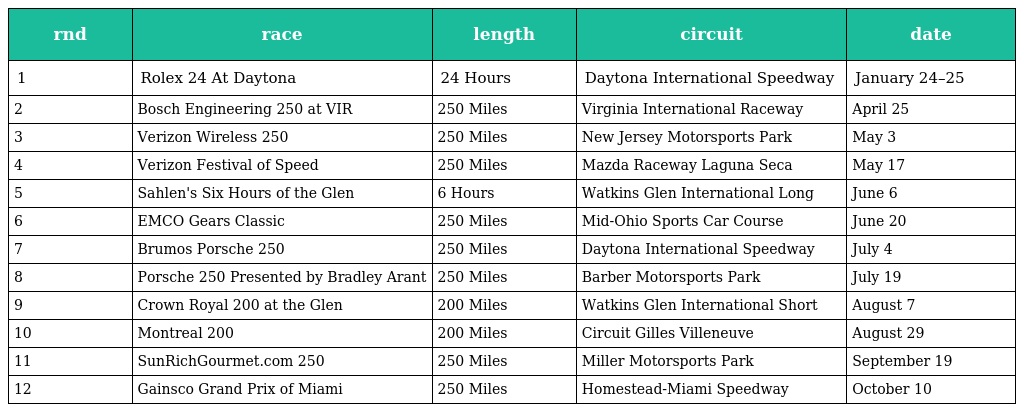
| rnd | race | length | circuit | date |
 | --- | --- | --- | --- | --- |
 | 1 | Rolex 24 At Daytona | 24 Hours | Daytona International Speedway | January 24–25 |
 | 2 | Bosch Engineering 250 at VIR | 250 Miles | Virginia International Raceway | April 25 |
 | 3 | Verizon Wireless 250 | 250 Miles | New Jersey Motorsports Park | May 3 |
 | 4 | Verizon Festival of Speed | 250 Miles | Mazda Raceway Laguna Seca | May 17 |
 | 5 | Sahlen's Six Hours of the Glen | 6 Hours | Watkins Glen International Long | June 6 |
 | 6 | EMCO Gears Classic | 250 Miles | Mid-Ohio Sports Car Course | June 20 |
 | 7 | Brumos Porsche 250 | 250 Miles | Daytona International Speedway | July 4 |
 | 8 | Porsche 250 Presented by Bradley Arant | 250 Miles | Barber Motorsports Park | July 19 |
 | 9 | Crown Royal 200 at the Glen | 200 Miles | Watkins Glen International Short | August 7 |
 | 10 | Montreal 200 | 200 Miles | Circuit Gilles Villeneuve | August 29 |
 | 11 | SunRichGourmet.com 250 | 250 Miles | Miller Motorsports Park | September 19 |
 | 12 | Gainsco Grand Prix of Miami | 250 Miles | Homestead-Miami Speedway | October 10 |